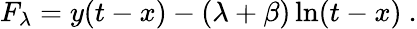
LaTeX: F_{\lambda}=y(t-x)-(\lambda+\beta)\ln(t-x)~.